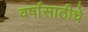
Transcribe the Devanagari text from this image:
वर्षासाठीचे